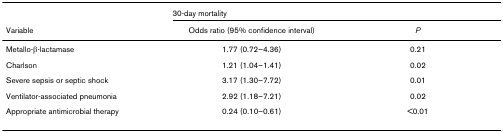
<table><thead><tr><td></td><td colspan="2"><b>30-day mortality</b></td></tr><tr><td><b>Variable</b></td><td><b>Odds ratio (95% confidence interval)</b></td><td><b><i>P</i></b></td></tr></thead><tbody><tr><td>Metallo-β-lactamase</td><td>1.77 (0.72–4.36)</td><td>0.21</td></tr><tr><td>Charlson</td><td>1.21 (1.04–1.41)</td><td>0.02</td></tr><tr><td>Severe sepsis or septic shock</td><td>3.17 (1.30–7.72)</td><td>0.01</td></tr><tr><td>Ventilator-associated pneumonia</td><td>2.92 (1.18–7.21)</td><td>0.02</td></tr><tr><td>Appropriate antimicrobial therapy</td><td>0.24 (0.10–0.61)</td><td>&lt;0.01</td></tr></tbody></table>